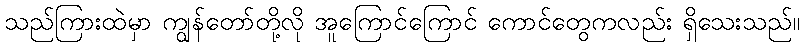
သည်ကြားထဲမှာ ကျွန်တော်တို့လို အူကြောင်ကြောင် ကောင်တွေကလည်း ရှိသေးသည်။